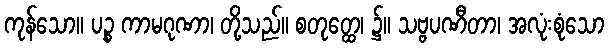
ကုန်သော။ ပဉ္စ ကာမဂုဏာ၊ တို့သည်။ စတုတ္ထေ၊ ၌။ သဗ္ဗပဏီတာ၊ အလုံးစုံသော